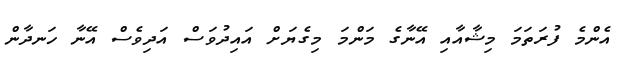
އެންމެ ފުރަތަމަ މިޝާއާއި އޭނާގެ މަންމަ މިގެޔަށް އައިދުވަސް އަދިވެސް އޭނާ ހަނދާން